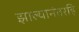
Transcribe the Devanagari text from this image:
झाल्यानंतरहि